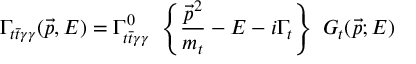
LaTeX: \Gamma _ { t \bar { t } \gamma \gamma } ( \vec { p } , E ) = \Gamma _ { t \bar { t } \gamma \gamma } ^ { 0 } ~ \left\{ \frac { \vec { p } ^ { 2 } } { m _ { t } } - E - i \Gamma _ { t } \right\} ~ G _ { t } ( \vec { p } ; E )